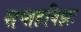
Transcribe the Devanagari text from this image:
सप्तहविझः